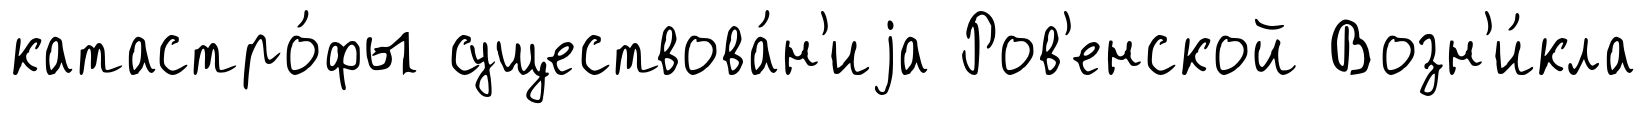
катастро́фы существова́н'иjа Ров'енской Возн'и́кла